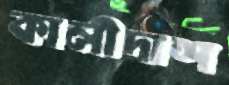
কালীদাশ